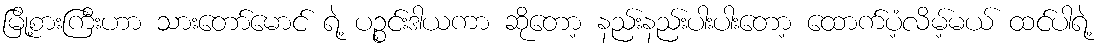
မြို့စားကြီးဟာ သားတော်မောင် ရဲ့ ပဉ္စင်းဒါယကာ ဆိုတော့ နည်းနည်းပါးပါးတော့ ထောက်ပံ့လိမ့်မယ် ထင်ပါရဲ့